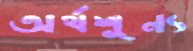
অর্থশূন্য